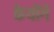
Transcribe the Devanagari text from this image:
केयोंगे